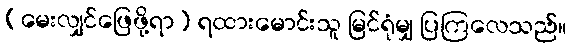
(မေးလျှင်ဖြေဖို့ရာ) ရထားမောင်းသူ မြင်ရုံမျှ ပြကြလေသည်။